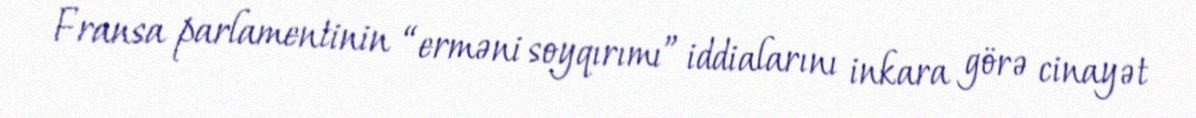
Fransa parlamentinin “erməni soyqırımı” iddialarını inkara görə cinayət